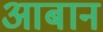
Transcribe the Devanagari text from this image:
आबान